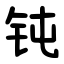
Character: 钝